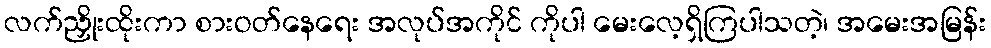
လက်ညှိုးထိုးကာ စားဝတ်နေရေး အလုပ်အကိုင် ကိုပါ မေးလေ့ရှိကြပါသတဲ့၊ အမေးအမြန်း